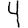
Digit: 4